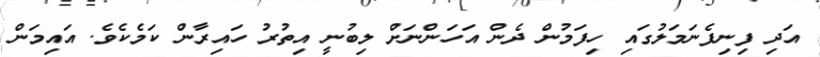
އަދި ފިނިފެނަމަލުގައި ހިފަމުން ދެން އަހަންނަށް ލިބުނީ އިތުރު ހައިރާން ކަމެކެވެ. އައިމަން